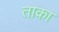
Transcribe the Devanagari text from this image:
ताका